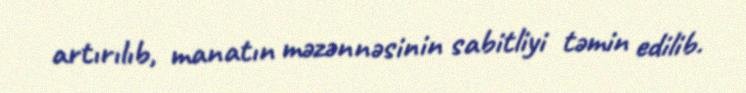
artırılıb, manatın məzənnəsinin sabitliyi təmin edilib.